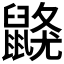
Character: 𪕦